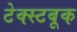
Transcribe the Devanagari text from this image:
टेक्स्टबूक